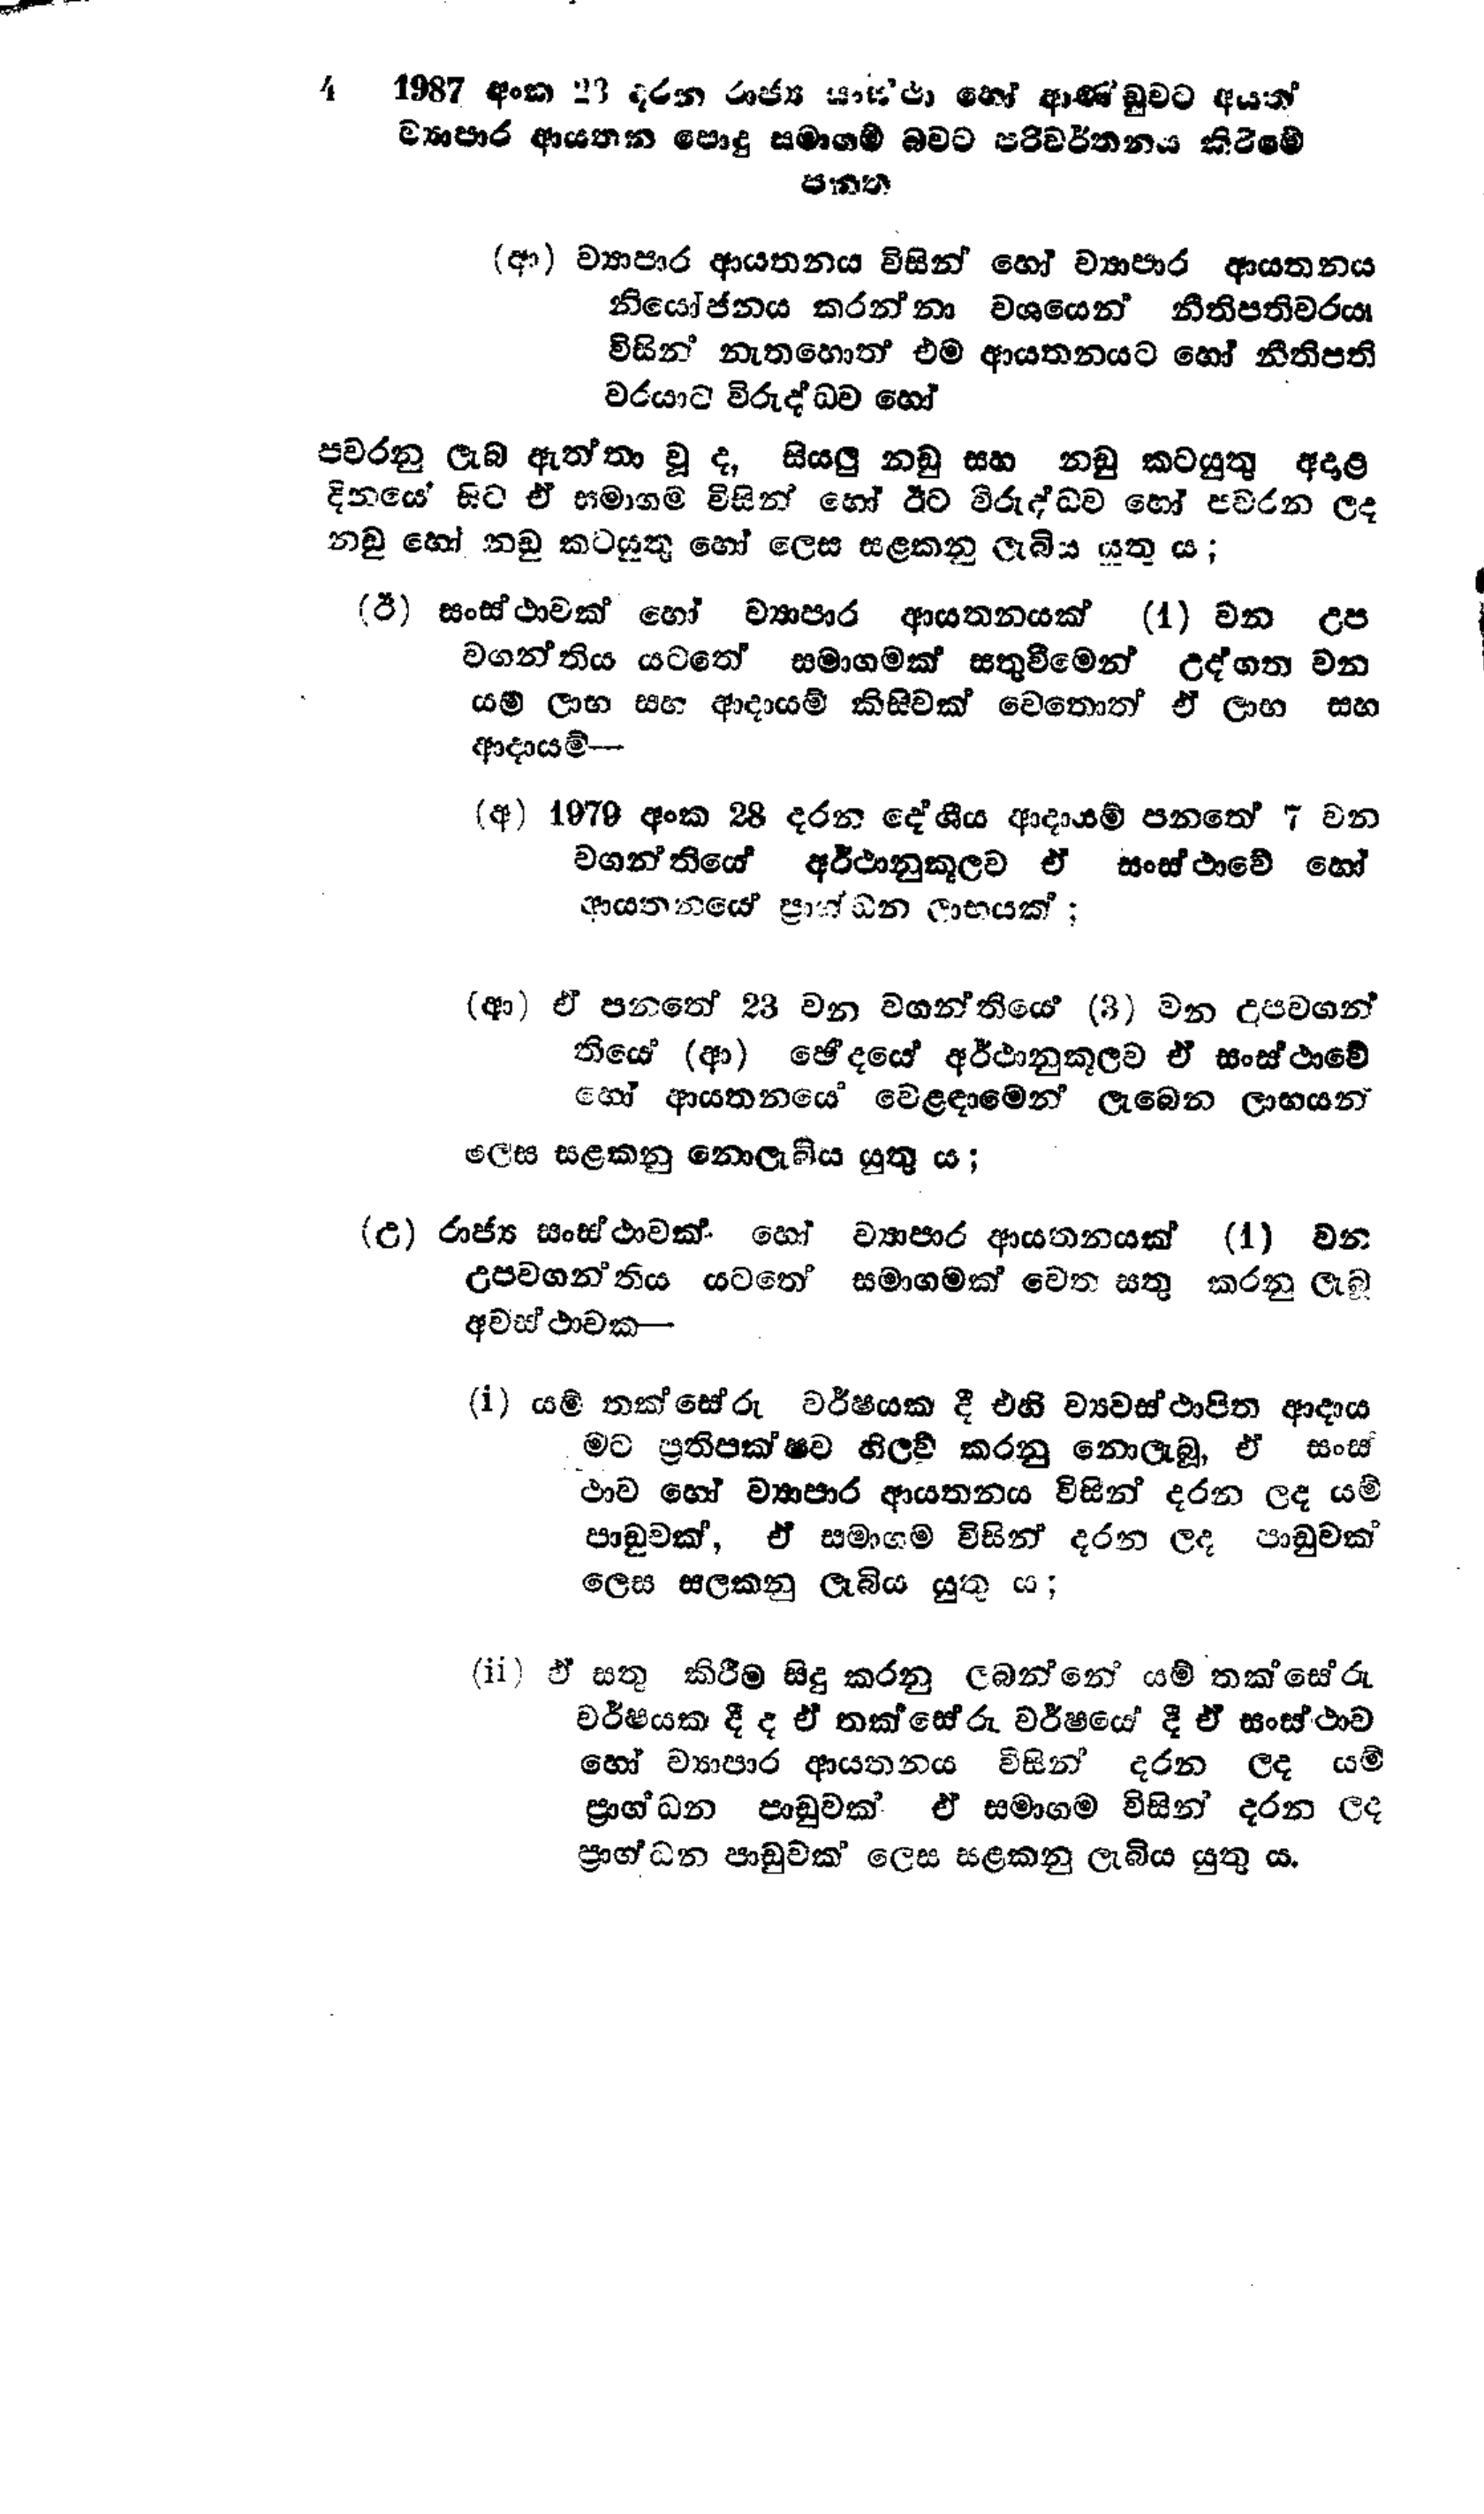
4 1987 අංක 23 දරන රාජ්‍ය සංස්ථා හෝ ආණ්ඩුවට අයත්
ව්‍යාපාර ආයතන පොදු සමාගම් බවට පරිවර්තනය කිරීමේ
පනත

(ආ) ව්‍යාපාර ආයතනය විසින් හෝ ව්‍යාපාර ආයතනය
නියෝජනය කරන්නා වශයෙන් නීතිපතිවරයා
විසින් නැතහොත් එම ආයතනයට හෝ නීතිපති
වරයාට විරුද්ධව හෝ

පවරනු ලැබ ඇත්තා වූ ද, සියලු නඩු සහ නඩු කටයුතු අදාළ
දිනයේ සිට ඒ සමාගම විසින් හෝ ඊට විරුද්ධව හෝ පවරන ලද
නඩු හෝ නඩු කටයුතු හෝ ලෙස සළකනු ලැබිය යුතු ය;

(ඊ) සංස්ථාවක් හෝ ව්‍යාපාර ආයතනයක් (1) වන උප
වගන්තිය යටතේ සමාගමක් සතුවීමෙන් උද්ගත වන
යම් ලාභ සහ ආදායම් කිසිවක් වෙතොත් ඒ ලාභ සහ
ආදායම්-

(අ) 1979 අංක 28 දරන දේශීය ආදායම් පනතේ 7 වන
වගන්තියේ අර්ථානුකූලව ඒ සංස්ථාවේ හෝ
ආයතනයේ ප්‍රාග්ධන ලාභයක්;

(ආ) ඒ පනතේ 23 වන වගන්ති (3) වන උපවගන්
තියේ (ආ) ඡේදයේ අර්ථානුකූලව ඒ සංස්ථාවේ
හෝ ආයතනයේ වෙළඳාමෙන් ලැබෙන ලාභයන්
ලෙස සළකනු නොලැබිය යුතු ය;

(උ) රාජ්‍ය සංස්ථාවක් හෝ ව්‍යාපාර ආයතනයක් (1) වන
උපවගන්තිය යටතේ සමාගමක් වෙත සතු කරනු ලැබ
අවස්ථාවක -

(i) යම් තක්සේරු වර්ෂයක දී එහි ව්‍යවස්ථාපිත ආදාය
මට ප්‍රතිපක්ෂව හිලව් කරනු නොලැබූ, ඒ සංස්
ථාව හෝ ව්‍යාපාර ආයතනය විසින් දරන ලද යම්
පාඩුවක්, ඒ සමාගම විසින් දරන ලද පාඩුවක්
ලෙස සලකනු ලැබිය යුතු ය;

(ii) ඒ සතු කිරීම සිදු කරනු ලබන්නේ යම් තක්සේරු
වර්ෂයක දී ද ඒ තක්සේරු වර්ෂයේ දී ඒ සංස්ථාව
හෝ ව්‍යාපාර ආයතනය විසින් දරන ලද යම්
ප්‍රාග්ධන පාඩුවක් ඒ සමාගම විසින් දරන ලද
ප්‍රාග්ධන පාඩුවක් ලෙස සළකනු ලැබිය යුතු ය.